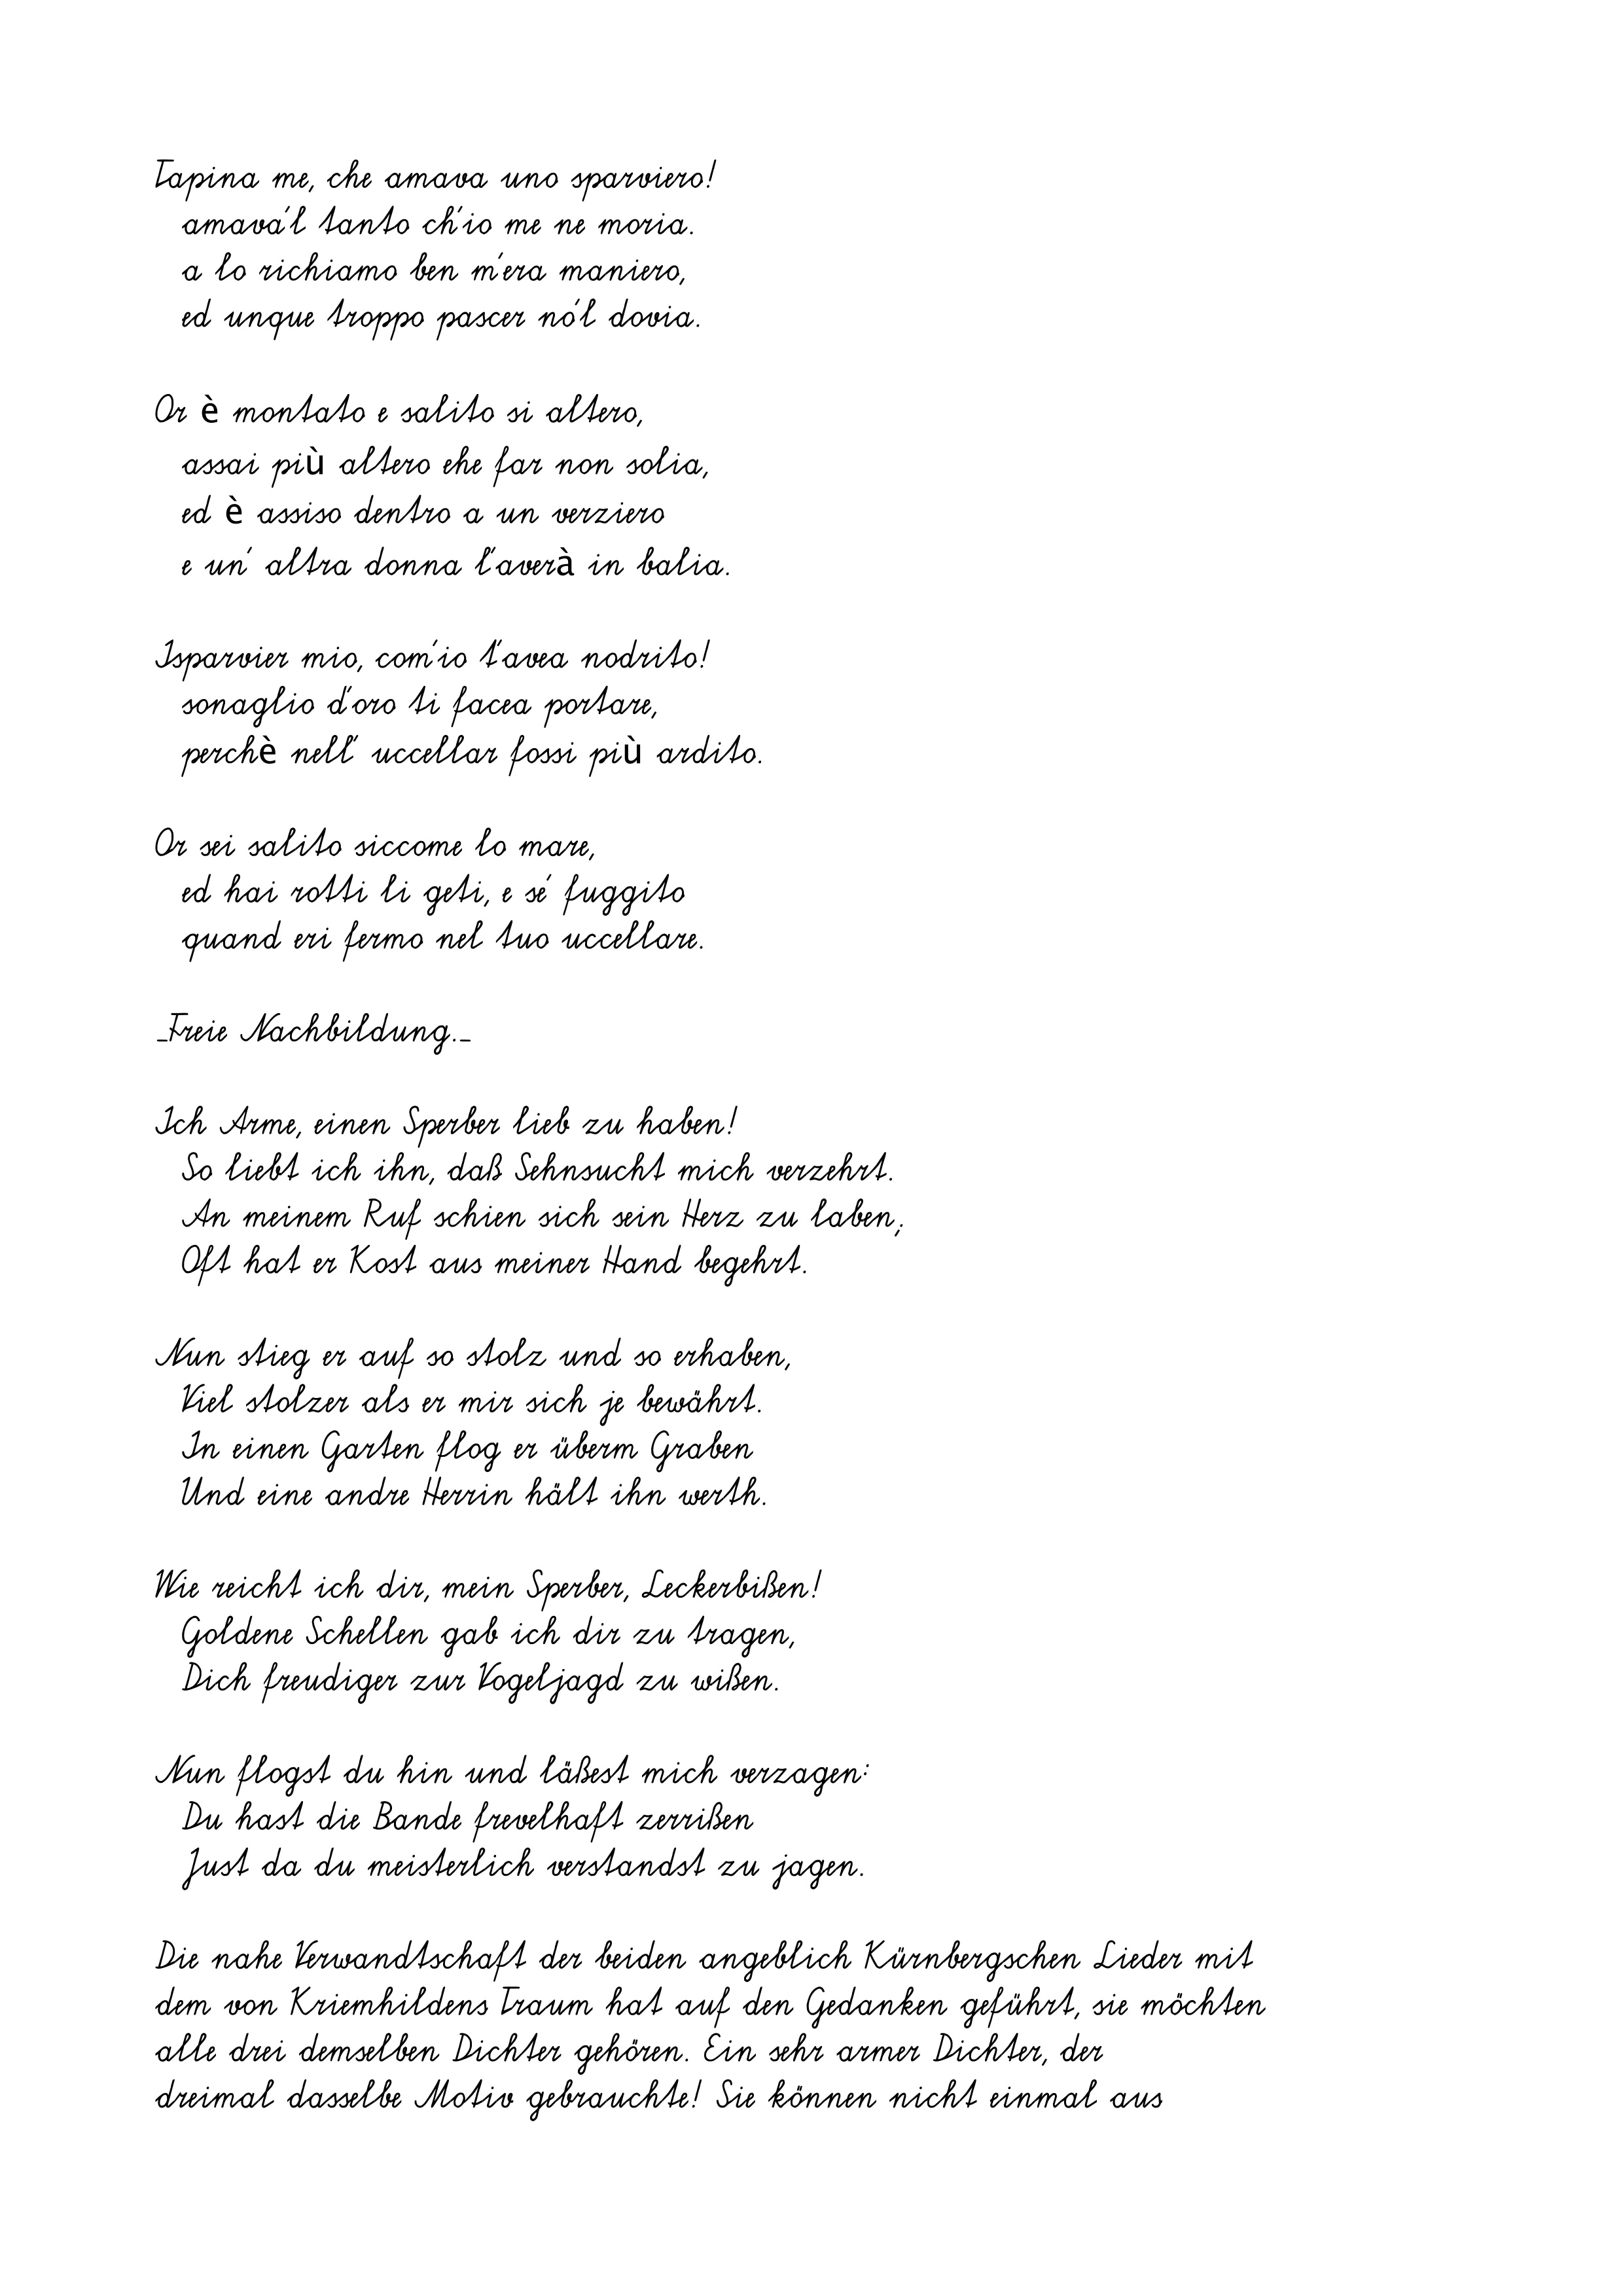
Tapina me, che amava uno sparviero!
amava'l tanto ch'io me ne moria.
a lo richiamo ben m'era maniero,
ed unque troppo pascer no'l dovia.
Or è montato e salito si altero,
assai più altero ehe far non solia,
ed è assiso dentro a un verziero
e un' altra donna l'averà in balia.
Isparvier mio, com'io t'avea nodrito!
sonaglio d'oro ti facea portare,
perchè nell' uccellar fossi più ardito.
Or sei salito siccome lo mare,
ed hai rotti li geti, e se' fuggito
quand eri fermo nel tuo uccellare.
_Freie Nachbildung._
Ich Arme, einen Sperber lieb zu haben!
So liebt ich ihn, daß Sehnsucht mich verzehrt.
An meinem Ruf schien sich sein Herz zu laben;
Oft hat er Kost aus meiner Hand begehrt.
Nun stieg er auf so stolz und so erhaben,
Viel stolzer als er mir sich je bewährt.
In einen Garten flog er überm Graben
Und eine andre Herrin hält ihn werth.
Wie reicht ich dir, mein Sperber, Leckerbißen!
Goldene Schellen gab ich dir zu tragen,
Dich freudiger zur Vogeljagd zu wißen.
Nun flogst du hin und läßest mich verzagen:
Du hast die Bande frevelhaft zerrißen
Just da du meisterlich verstandst zu jagen.
Die nahe Verwandtschaft der beiden angeblich Kürnbergschen Lieder mit
dem von Kriemhildens Traum hat auf den Gedanken geführt, sie möchten
alle drei demselben Dichter gehören. Ein sehr armer Dichter, der
dreimal dasselbe Motiv gebrauchte! Sie können nicht einmal aus